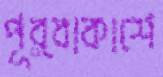
পূর্বাকাশে